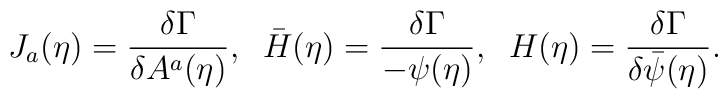
J_{a}(\eta) = \frac{\delta \Gamma}{\delta A^{a}(\eta)} , \; \;        \bar{H}(\eta) = \frac{\delta \Gamma}{-\psi(\eta)} , \; \;        H(\eta) = \frac{\delta \Gamma}{\delta \bar{\psi}(\eta)} .